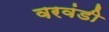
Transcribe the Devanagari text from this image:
वरवंडी